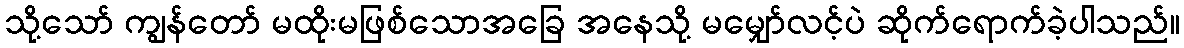
သို့သော် ကျွန်တော် မထိုးမဖြစ်သောအခြေ အနေသို့ မမျှော်လင့်ပဲ ဆိုက်ရောက်ခဲ့ပါသည်။